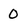
Character: 0